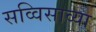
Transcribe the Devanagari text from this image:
सव्विसाव्या